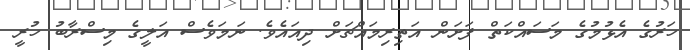
ހަރުގެ އެޅުމުގެ މަސައްކަތް ފަށަން އަތިރިމައްޗަށް ދިއައެވެ. ނަމަވެސް އަލީގެ މިސްރާބު ހުރީ